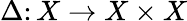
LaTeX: \Delta\colon X\to X\times X